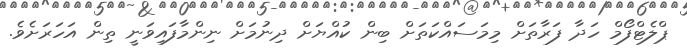
ޕްލެޓްފޯމް ހަދާ ފަރާތަށް މިމަސައްކަތަށް ބިން ކުއްޔަށް ދިނުމަށް ނިންމާފައިވަނީ ތިން އަހަރަށެވެ.